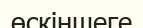
өскіншеге